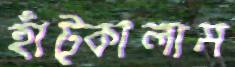
হাঁট্‌কালাম